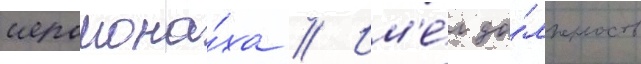
иеромона́ха // Им'е́л до́лжность